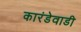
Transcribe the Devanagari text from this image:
कारंडेवाडी